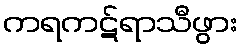
ကရကဋ်ရာသီဖွား